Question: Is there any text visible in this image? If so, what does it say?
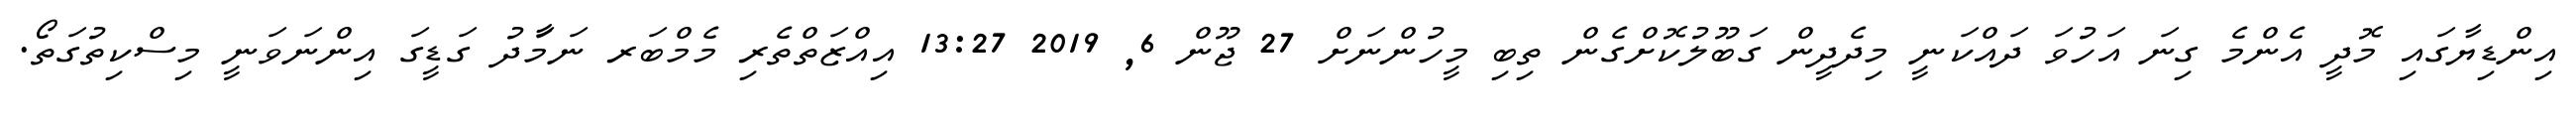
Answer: އިންޑިޔާގައި މޮދީ އެންމެ ގިނަ އަހުވަ ދައްކަނީ މިދެދީން ގަބޫލުކޮށްގެން ތިބި މީހުންނަށް 27 ޖޫން 6, 2019 13:27 އިއްޒަތްތެރި މެމްބަރ ނަމަާދު ގަޑީގަ އިންނަވަނީ މިސްކިތުގަތޯ.